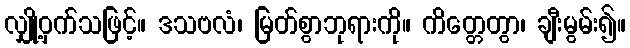
လျှို့ဝှက်သဖြင့်။ ဒသဗလံ၊ မြတ်စွာဘုရားကို။ ကိတ္တေတွာ၊ ချီးမွမ်း၍။